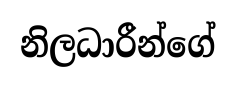
නිලධාරීන්ගේ